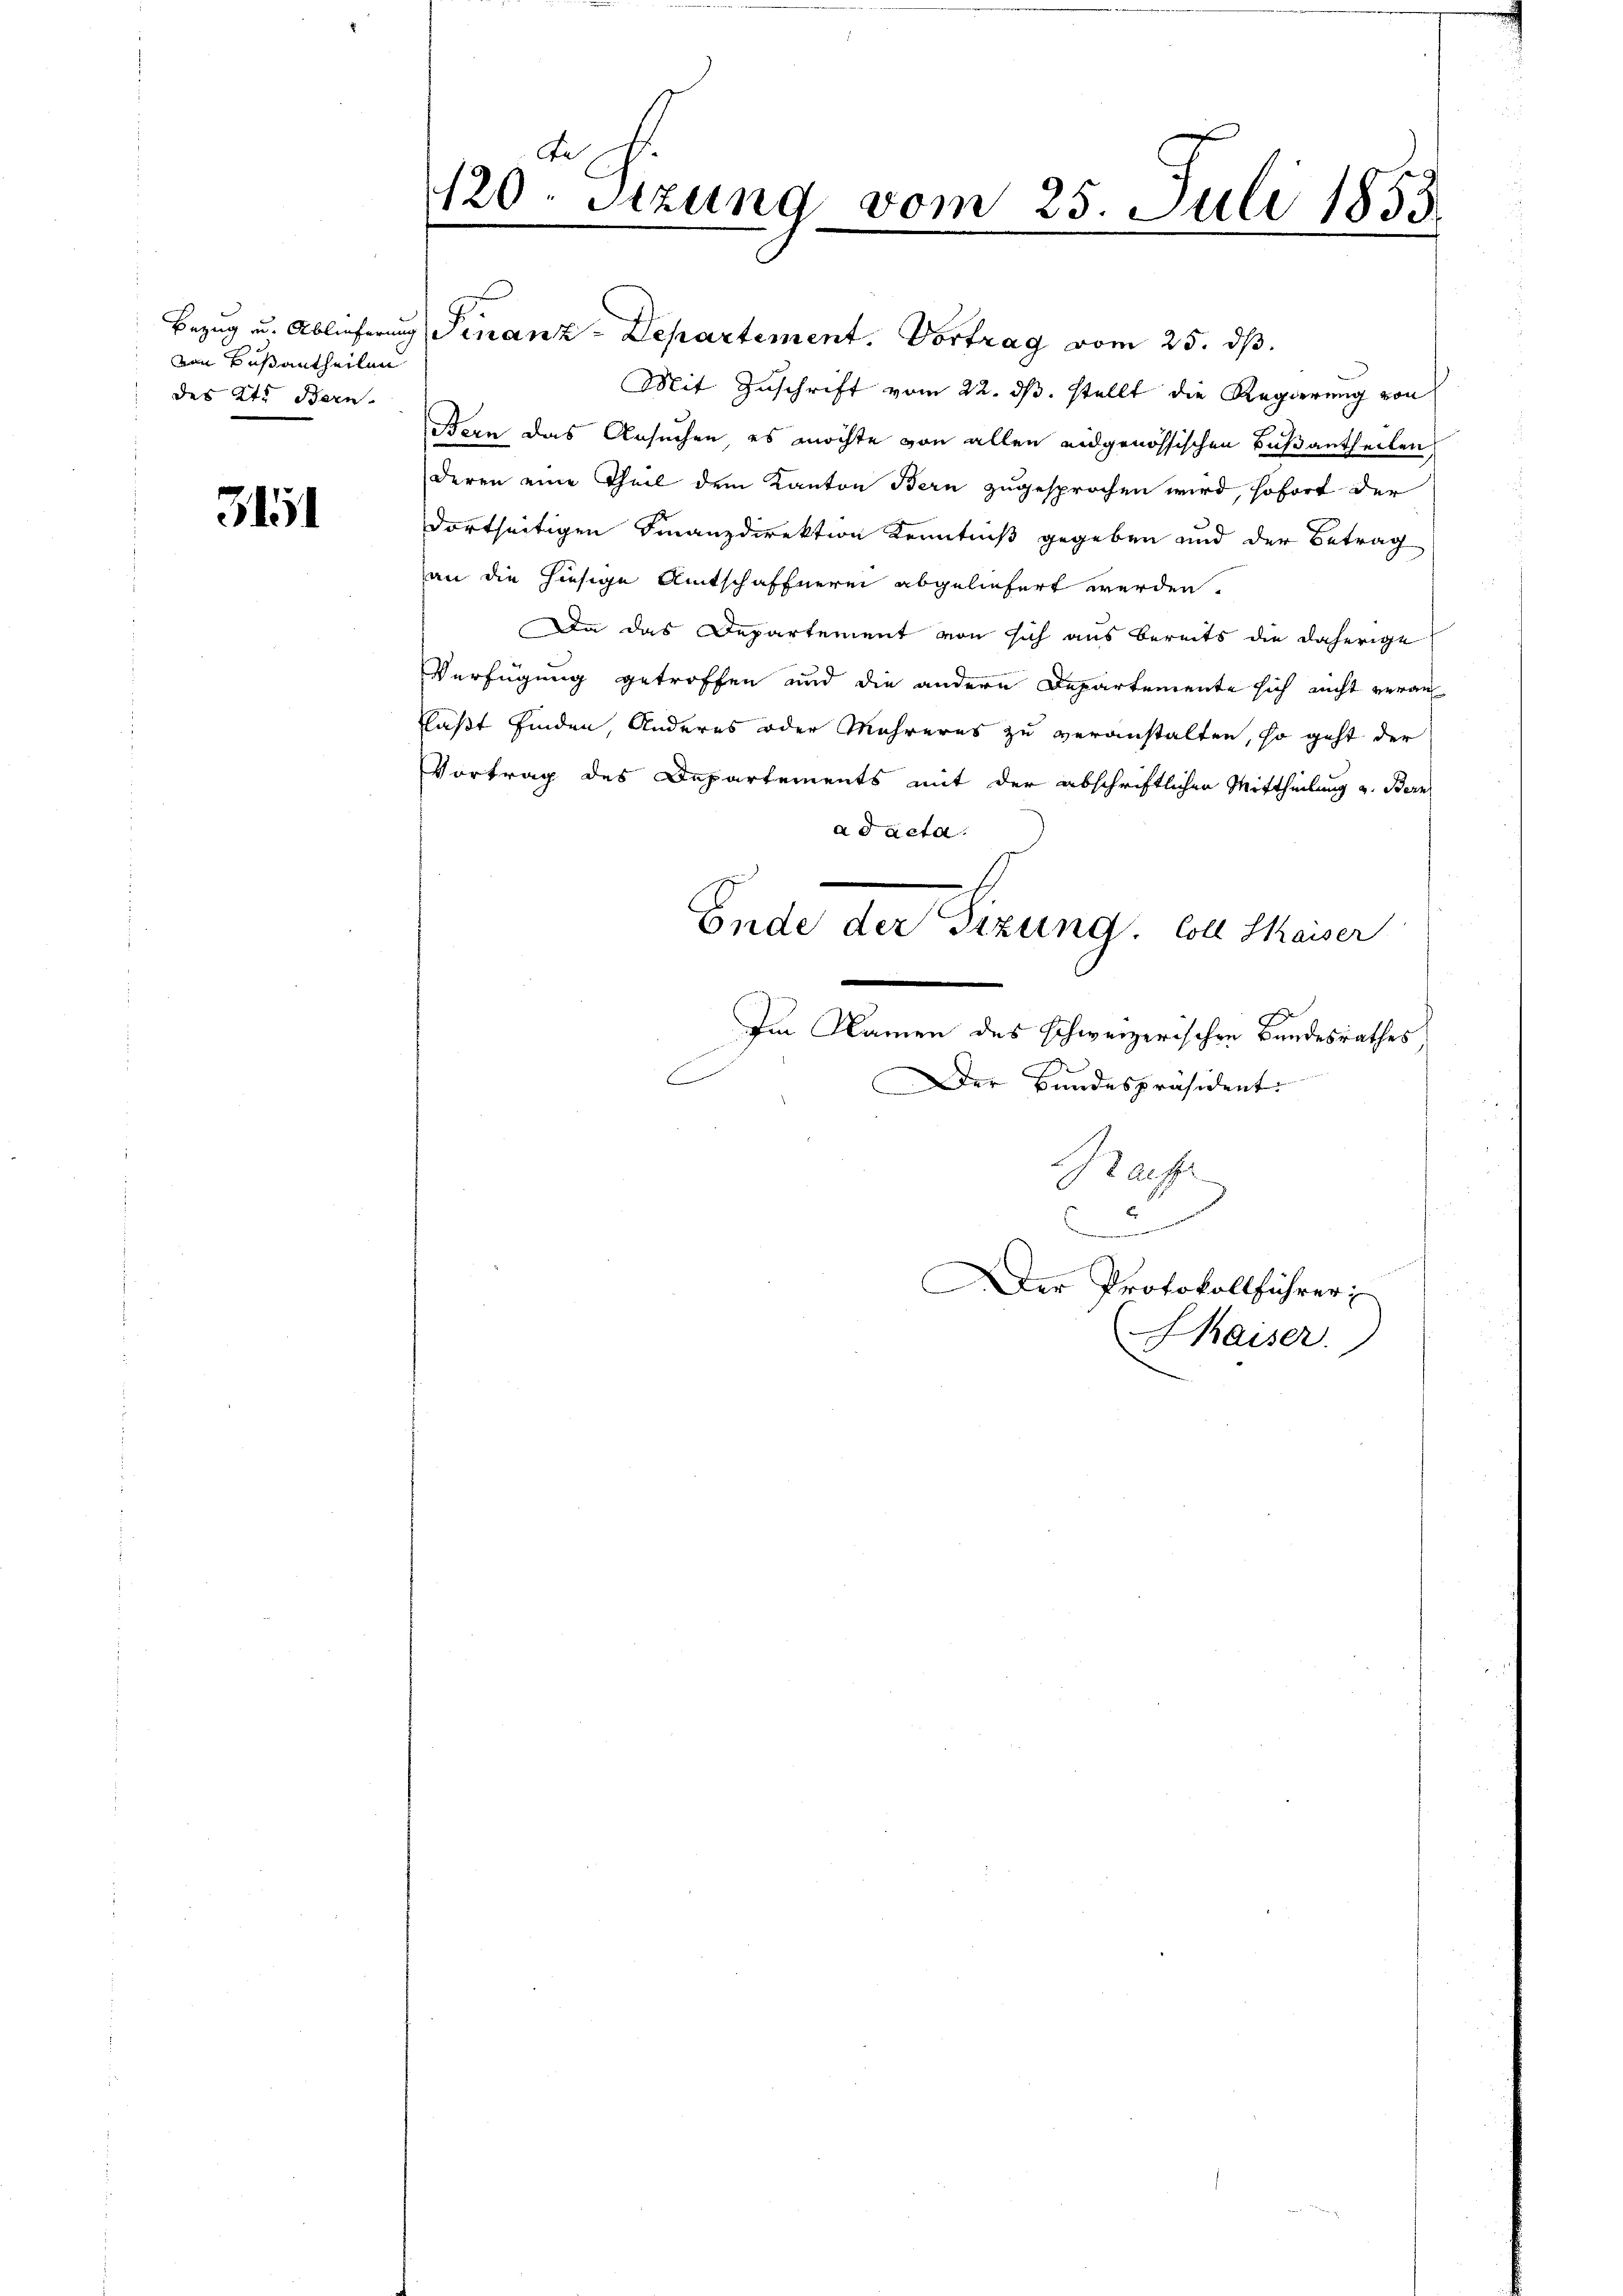
vin Besantheilen
des Kt. Bern

3151

120. Sitzung vom 25. Juli 1853

Bezug u. Ablieferung Finanz-Departement. Vortrag vom 25. ds.
Mit Zuschrift vom 22. ds. stellt die Regierung von
Bern das Ansuchen, es möchte von allen eidgenössischen Bußantheilen
deren eine Theil dem Kanton Bern zugesprochen wird, sofort der
dortseitigen Finanzdirektion Kenntniß gegeben und der Betrag
an die hiesige Amtschaffnerei abgeliefert werden.
Da das Departement von sich aus bereits die daherige
Verfügung getroffen und die andere Departemente sich nicht veran
laßt finden, Anderes oder Mehreres zu veranstalten, so geht der
Vortrag des Departements mit der abschriftlichen Mittheilung u. Bern
ad acta.
Ende der Sizung. Soll Kaiser
Im Namen des schweizerischen Bandesrathes
1
Der Bundespräsident
Graf
2
Der Protokollführer
haiser.